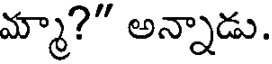
మ్మా?" అన్నాడు.